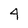
Character: 4